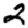
Digit: 2